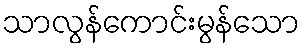
သာလွန်ကောင်းမွန်သော